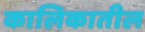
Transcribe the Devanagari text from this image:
कालिकातील